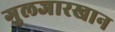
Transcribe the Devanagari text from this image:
गुलजारखान